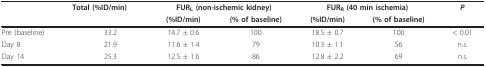
<table><thead><tr><td></td><td><b>Total (%ID/min)</b></td><td colspan="2"><b>FUR<sub>L </sub>(non-ischemic kidney)</b></td><td colspan="2"><b>FUR<sub>R </sub>(40 min ischemia)</b></td><td><b><i>P</i></b></td></tr><tr><td></td><td></td><td><b>(%ID/min)</b></td><td><b>(% of baseline)</b></td><td><b>(%ID/min)</b></td><td><b>(% of baseline)</b></td><td></td></tr></thead><tbody><tr><td>Pre (baseline)</td><td>33.2</td><td>14.7 ± 0.6</td><td>100</td><td>18.5 ± 0.7</td><td>100</td><td>&lt; 0.01</td></tr><tr><td>Day 8</td><td>21.9</td><td>11.6 ± 1.4</td><td>79</td><td>10.3 ± 1.1</td><td>56</td><td>n.s.</td></tr><tr><td>Day 14</td><td>25.3</td><td>12.5 ± 1.6</td><td>86</td><td>12.8 ± 2.2</td><td>69</td><td>n.s.</td></tr></tbody></table>